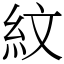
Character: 紋